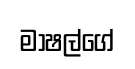
මාෂල්ගේ